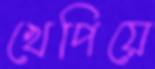
খেপিয়ে